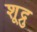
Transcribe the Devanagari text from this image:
शूद्रु